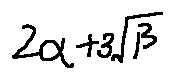
2 \alpha + 3 \sqrt { \beta }